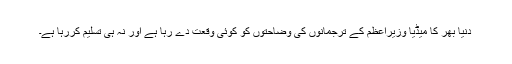
دنیا بھر کا میڈیا وزیراعظم کے ترجمانوں کی وضاحتوں کو کوئی وقعت دے رہا ہے اور نہ ہی تسلیم کررہا ہے۔